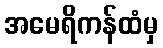
အမေရိကန်ထံမှ